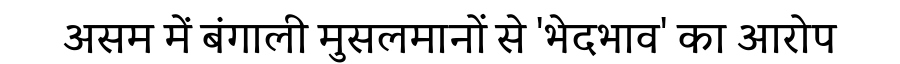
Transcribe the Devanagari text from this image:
असम में बंगाली मुसलमानों से 'भेदभाव' का आरोप